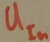
Text: UIn